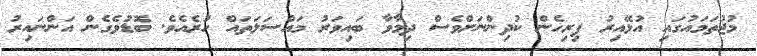
މުޖުތަމައުގައި އުޅޭއިރު ފިރިހެން ކުދިންނަށްވެސް ދިމާވާ ބައިވަރު މައްސަލަތައް ހުރެއެވެ. ބޮޑުވެގެން އަންނައިރު